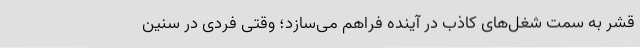
قشر به سمت شغل‌های کاذب در آینده فراهم می‌سازد؛ وقتی فردی در سنین